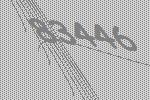
83446